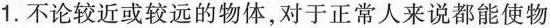
1.不论较近或较远的物体，对于正常人来说都能使物